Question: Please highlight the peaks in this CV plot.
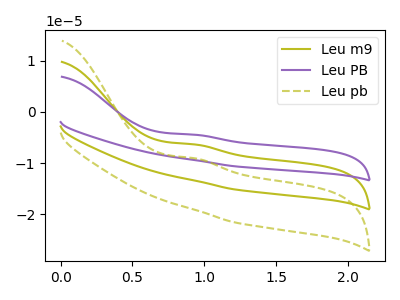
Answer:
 <answer>The olive curve "Leu m9" has an anodic peak at: (0.95V, -6.35uA). The purple curve "Leu PB" has an anodic peak at: (0.95V, -12.75uA). The olive dashed curve "Leu pb" has an anodic peak at: (0.95V, -9.05uA).</answer>
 <eval></eval>